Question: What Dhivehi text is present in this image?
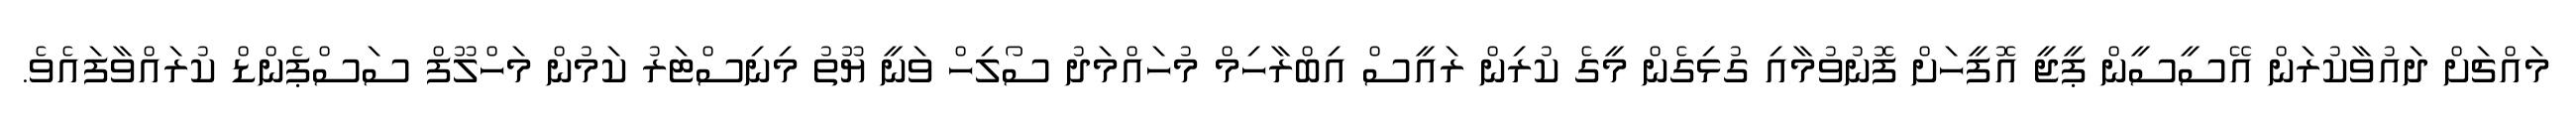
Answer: މައްޗަށް ދައުވާކުރަން އޭސީސީން ޕީޖީ އޮފީހަށް ފޮނުވުމާއި ގުޅިގެން މީގެ ކުރިން ރައީސް އިބްރާހިމް މުހައްމަދު ސޯލިހް ވަނީ ޔޫތު މިނިސްޓަރު ކަމުން މަހްލޫފް ސަސްޕެންޑް ކުރައްވާފައެވެ.